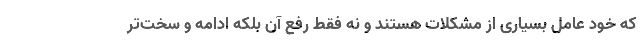
که خود عامل بسیاری از مشکلات هستند و نه فقط رفع آن بلکه ادامه و سخت‌تر